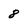
Character: 8